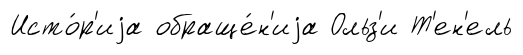
Исто́р'иjа обраще́н'иjа Ольз'и Т'ен'ель